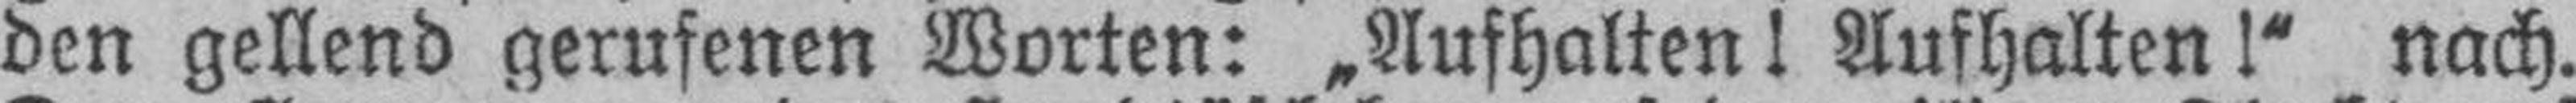
den gellend gerufenen Worten: „Aufhalten! Aufhalten !“ nach.